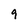
Character: 9